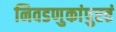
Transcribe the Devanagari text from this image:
निवडणुकांपुरतं